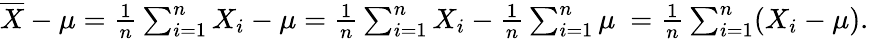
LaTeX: \begin{array}{r}{{\overline{{X}}}-\mu={\frac{1}{n}}\sum_{i=1}^{n}X_{i}-\mu={\frac{1}{n}}\sum_{i=1}^{n}X_{i}-{\frac{1}{n}}\sum_{i=1}^{n}\mu\ ={\frac{1}{n}}\sum_{i=1}^{n}(X_{i}-\mu).}\end{array}